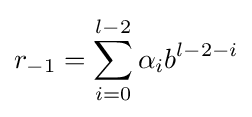
r_{-1}=\sum _{i=0}^{l-2}\alpha _{i}b^{l-2-i}